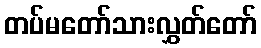
တပ်မတော်သားလွှတ်တော်